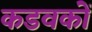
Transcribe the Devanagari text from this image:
कडवकों